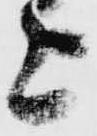
上